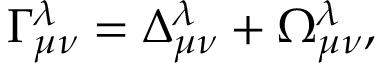
\Gamma _ { \mu \nu } ^ { \lambda } = \Delta _ { \mu \nu } ^ { \lambda } + \Omega _ { \mu \nu } ^ { \lambda } ,